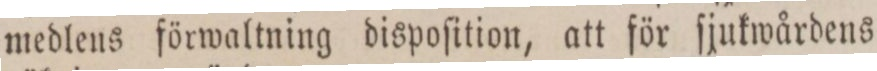
medlens förwaltning dispoſition, att för ſjukwårdens